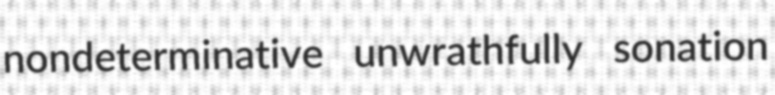
nondeterminative unwrathfully sonation